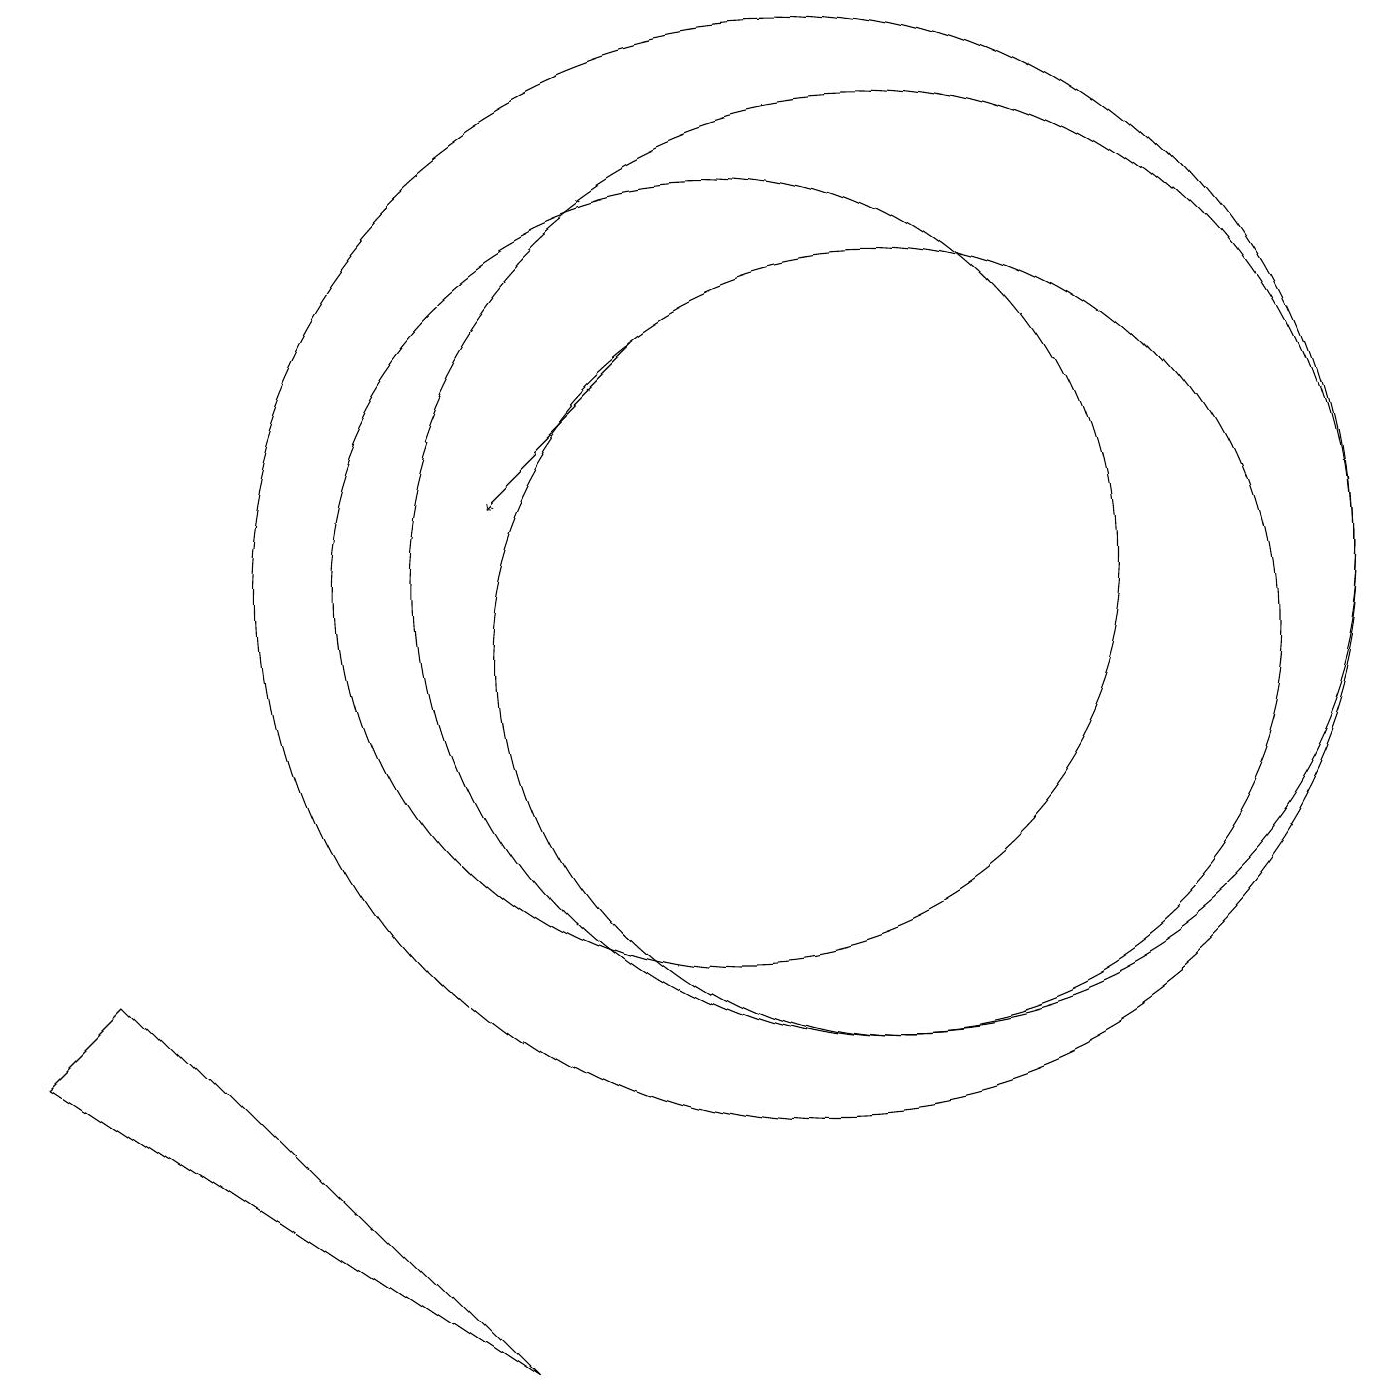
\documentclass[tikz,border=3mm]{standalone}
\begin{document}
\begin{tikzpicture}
\draw (7,1) -- (2,6) -- (1,5) -- cycle;
\draw (12,11) circle (6);
\draw (10,11) circle (5);
\draw[->] (9,14) -- (7,12);
\draw (12,10) circle (5);
\draw (11,11) circle (7);
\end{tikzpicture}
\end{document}